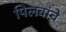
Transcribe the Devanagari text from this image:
पिलवांचे